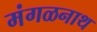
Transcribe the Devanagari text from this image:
मंगळनाथ